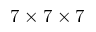
7 \times 7 \times 7